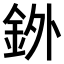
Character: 𫒓